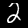
Digit: 2